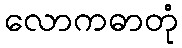
လောကဓာတုံ